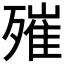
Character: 𣩑